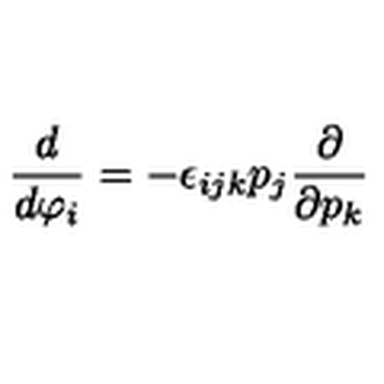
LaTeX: \frac { d } { d \varphi _ { i } } = - \epsilon _ { i j k } p _ { j } \frac { \partial } { \partial p _ { k } }